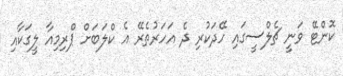
ކޮންޓޭ ވަނީ ޗެލްސީގައި ހޭދަކުރި ދެ އަހަރުތެރޭ އެ ކްލަބަށް ޕްރިމިއާ ލީގަކާއި